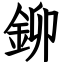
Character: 鉚